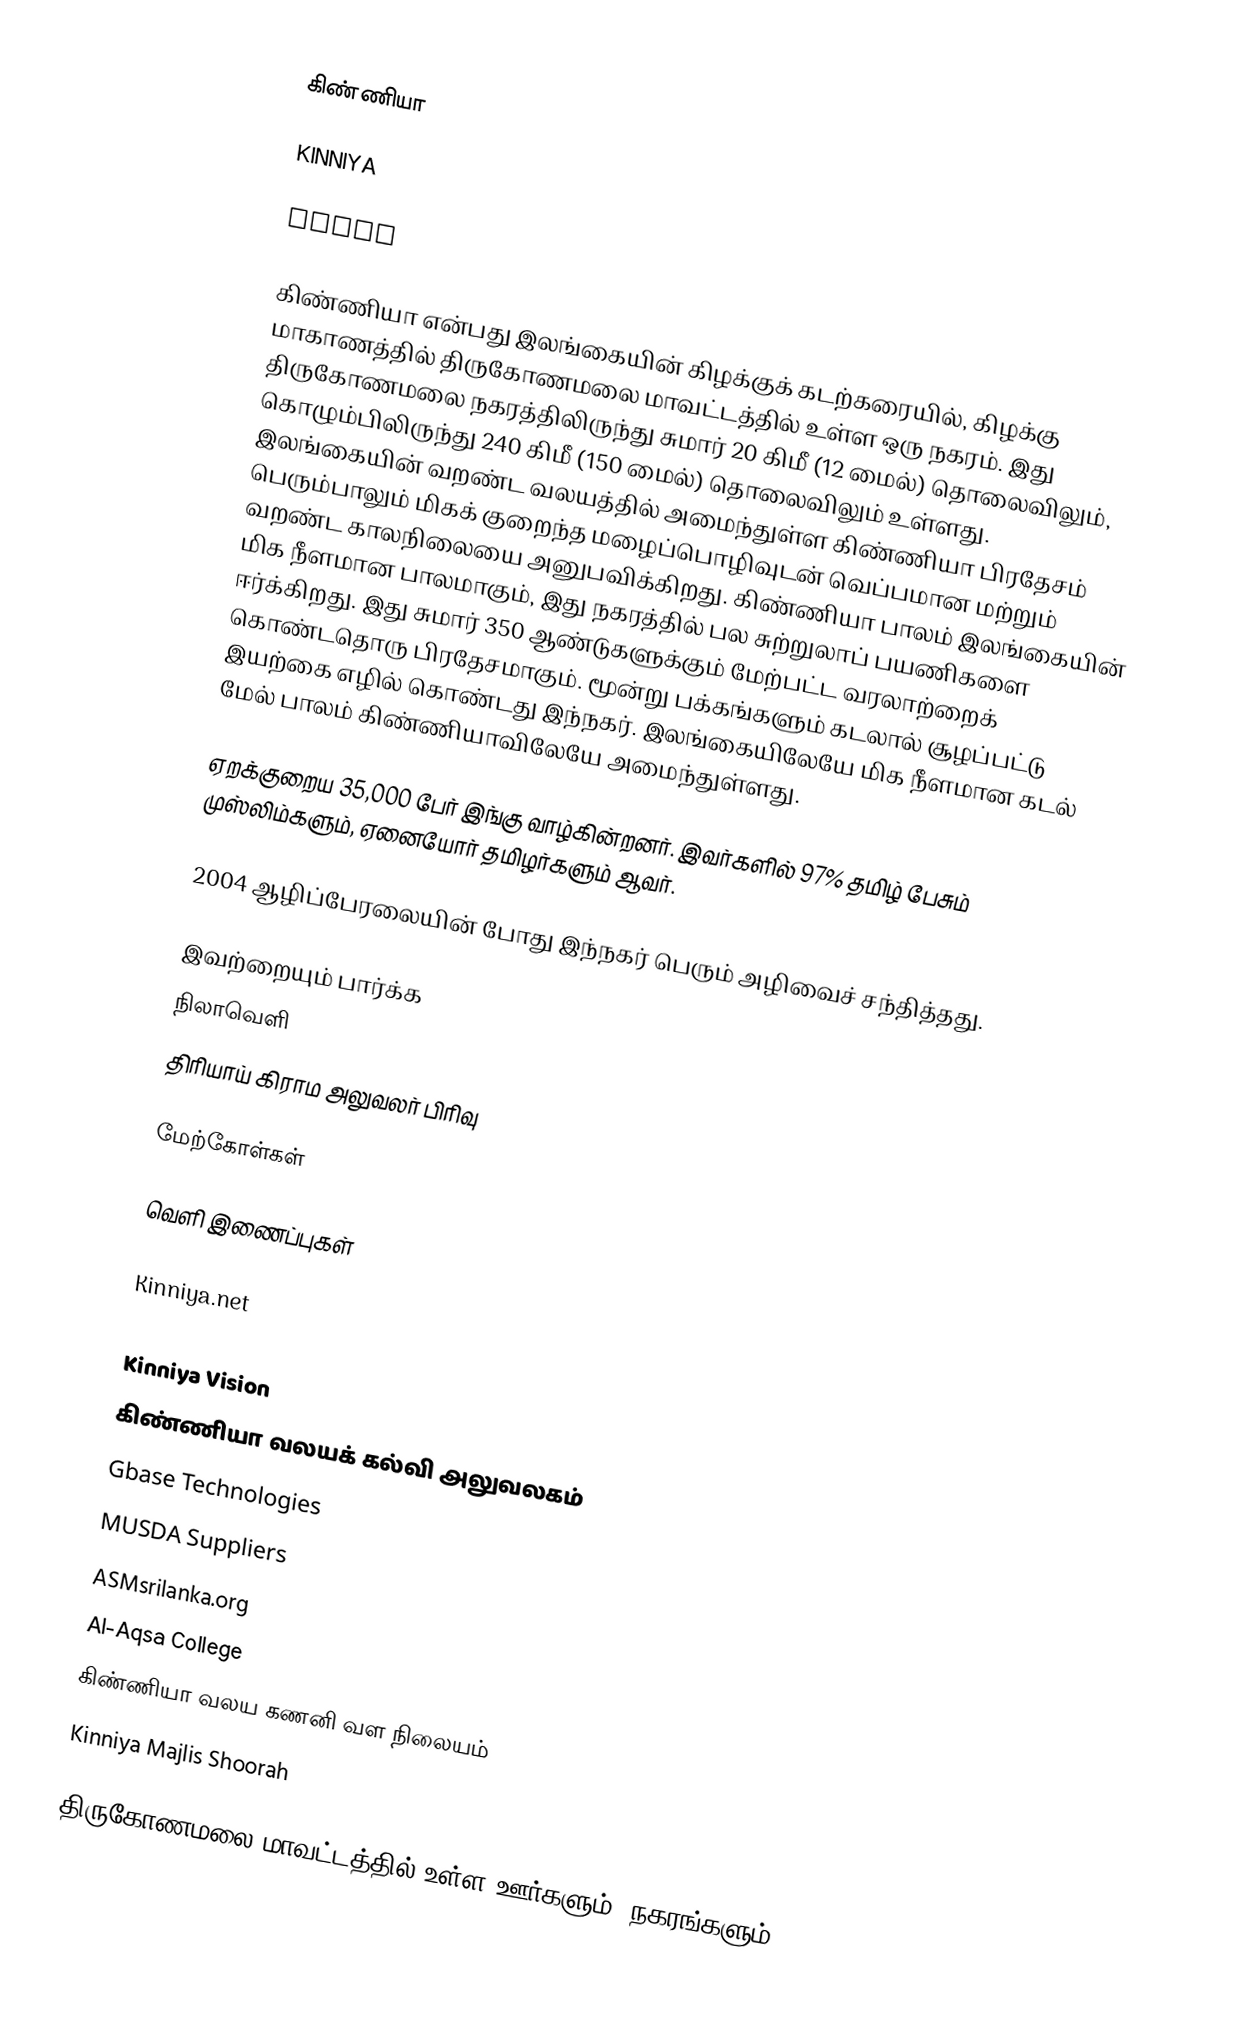
கிண்ணியா

KINNIYA

كينيا

கிண்ணியா என்பது இலங்கையின் கிழக்குக் கடற்கரையில், கிழக்கு மாகாணத்தில் திருகோணமலை மாவட்டத்தில் உள்ள ஒரு நகரம். இது திருகோணமலை நகரத்திலிருந்து சுமார் 20 கிமீ (12 மைல்) தொலைவிலும், கொழும்பிலிருந்து 240 கிமீ (150 மைல்) தொலைவிலும் உள்ளது. இலங்கையின் வறண்ட வலயத்தில் அமைந்துள்ள கிண்ணியா பிரதேசம் பெரும்பாலும் மிகக் குறைந்த மழைப்பொழிவுடன் வெப்பமான மற்றும் வறண்ட காலநிலையை அனுபவிக்கிறது. கிண்ணியா பாலம் இலங்கையின் மிக நீளமான பாலமாகும், இது நகரத்தில் பல சுற்றுலாப் பயணிகளை ஈர்க்கிறது. இது சுமார் 350 ஆண்டுகளுக்கும் மேற்பட்ட வரலாற்றைக் கொண்டதொரு பிரதேசமாகும். மூன்று பக்கங்களும் கடலால் சூழப்பட்டு இயற்கை எழில் கொண்டது இந்நகர். இலங்கையிலேயே மிக நீளமான கடல் மேல் பாலம் கிண்ணியாவிலேயே அமைந்துள்ளது.

ஏறக்குறைய 35,000 பேர் இங்கு வாழ்கின்றனர்.  இவர்களில் 97% தமிழ் பேசும் முஸ்லிம்களும், ஏனையோர் தமிழர்களும் ஆவர்.

2004 ஆழிப்பேரலையின் போது இந்நகர் பெரும் அழிவைச் சந்தித்தது.

இவற்றையும் பார்க்க
நிலாவெளி
திரியாய் கிராம அலுவலர் பிரிவு

மேற்கோள்கள்

வெளி இணைப்புகள்

Kinniya.net
Kinniya Central College
Kinniya Vision
கிண்ணியா வலயக் கல்வி அலுவலகம்
Gbase Technologies
MUSDA Suppliers
ASMsrilanka.org
Al-Aqsa College
கிண்ணியா வலய கணனி வள நிலையம்
Kinniya Majlis Shoorah

திருகோணமலை மாவட்டத்தில் உள்ள ஊர்களும், நகரங்களும்